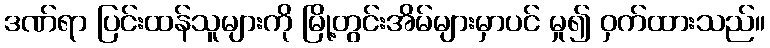
ဒဏ်ရာ ပြင်းထန်သူများကို မြို့တွင်းအိမ်များမှာပင် မှု၍ ဝှက်ထားသည်။